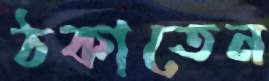
ঠকাতেন